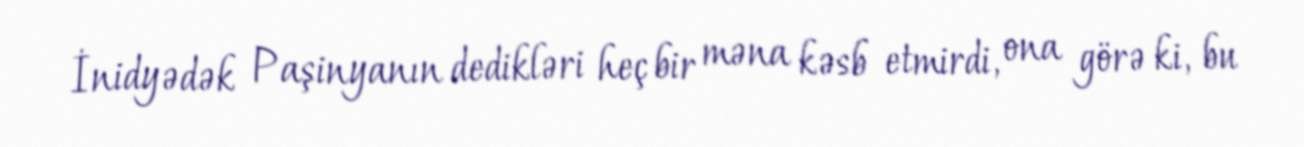
İnidyədək Paşinyanın dedikləri heç bir məna kəsb etmirdi, ona görə ki, bu